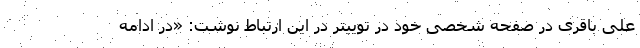
علی باقری در صفحه شخصی خود در توییتر در این ارتباط نوشت: «در ادامه